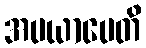
အပယာပေတိ